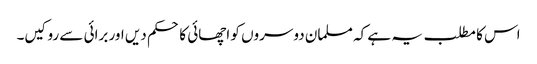
اس کا مطلب یہ ہے کہ مسلمان دوسروں کو اچھائی کا حکم دیں اور برائی سے روکیں۔